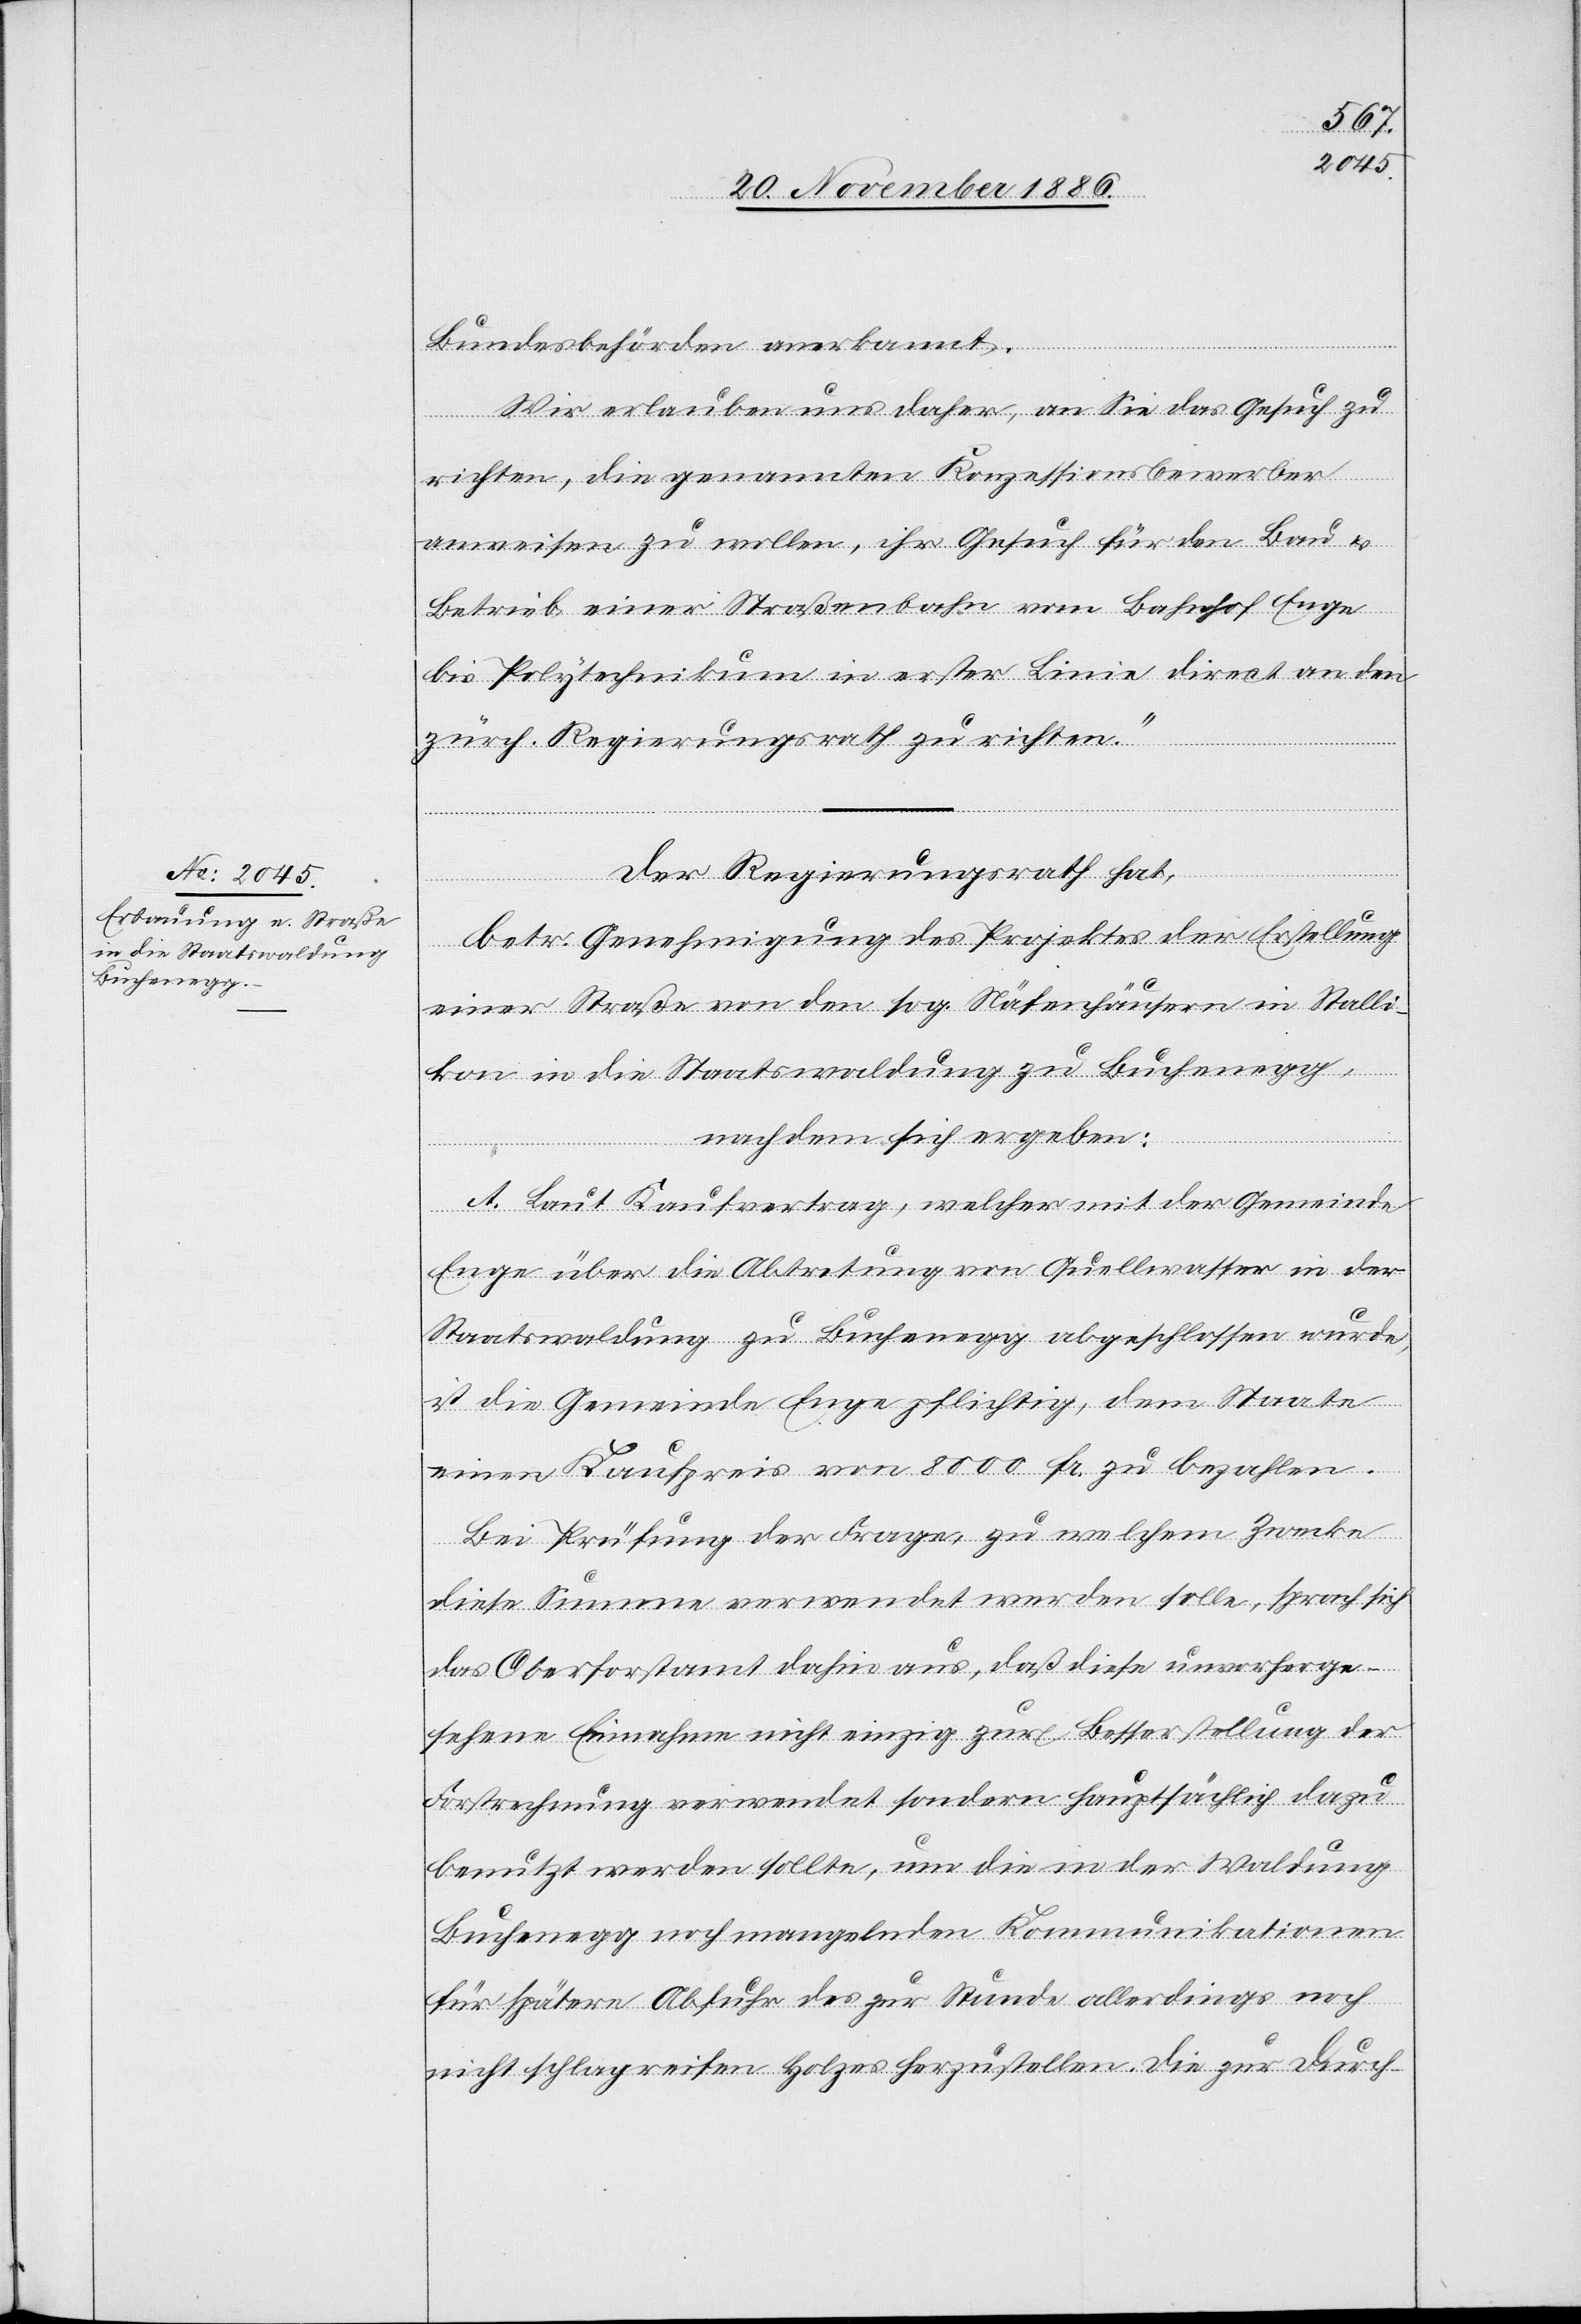
Bundesbehörden anerkannt.
Wir erlauben uns daher, an Sie das Gesuch zu
richten, die genannten Konzessionsbewerber
anweisen zu wollen, ihr Gesuch für den Bau &
Betrieb einer Straßenbahn vom Bahnhof Enge
bis Polytechnikum in erster Linie direct an den
zürch. Regierungsrath zu richten.“
Der Regierungsrath,
betr. Genehmigung des Projektes der Erstellung
einer Straße von den sog. Näfenhäusern in Stalli¬
kon in die Staatswaldung zu Buchenegg,
nachdem sich ergeben:
A. Laut Kaufvertrag, welcher mit der Gemeinde
Enge über die Abtretung von Quellwasser in der
Staatswaldung zu Buchenegg abgeschlossen wurde,
ist die Gemeinde Enge pflichtig, dem Staate
einen Kaufpreis von 8000 Fr. zu bezahlen.
Bei Prüfung der Frage, zu welchem Zwecke
diese Summe verwendet werden solle, sprach sich
das Oberforstamt dahin aus, daß diese unvorherge¬
sehene Einnahme nicht einzig zur Besserstellung der
Forstrechnung verwendet sondern hauptsächlich dazu
benutzt werden sollte, um die in der Waldung
Buchenegg noch mangelnden Kommunikationen
für spätere Abfuhr des zur Stunde allerdings noch
nicht schlagreifen Holzes herzustellen. Die zur Durch-